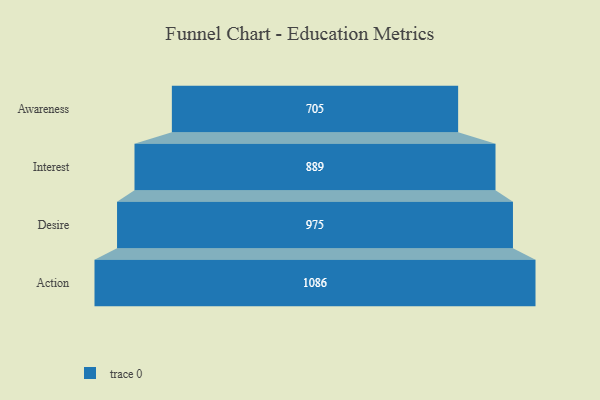
{"axis": {"x": "Stage", "y": "Value"}, "legend": [""], "data": [{"x": "Awareness", "y": 705.0, "type": ""}, {"x": "Interest", "y": 889.0, "type": ""}, {"x": "Desire", "y": 975.0, "type": ""}, {"x": "Action", "y": 1086.0, "type": ""}]}